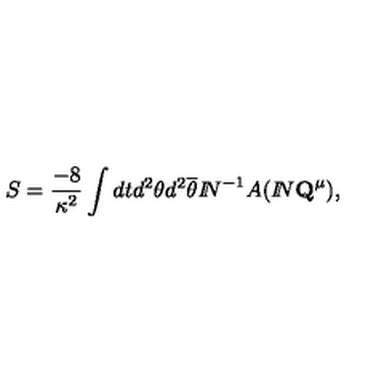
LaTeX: S = \frac { - 8 } { \kappa ^ { 2 } } \int d t d ^ { 2 } \theta d ^ { 2 } \overline { { \theta } } { I \! \! N } ^ { - 1 } A ( { I \! \! N } { \bf Q } ^ { \mu } ) ,